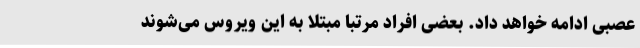
عصبی ادامه خواهد داد. بعضی افراد مرتباً مبتلا به این ویروس می‌شوند